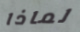
لماذا